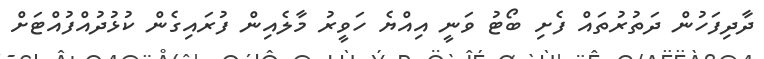
ދާދިފަހުން ދަތުރުތައް ފެށި ބޯޓު ވަނީ އިއްޔެ ހަވީރު މާލެއިން ފުރައިގެން ކުޅުދުއްފުއްޓަށް